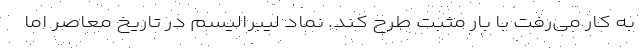
به کار می‌رفت با بار مثبت طرح کند. نماد لیبرالیسم در تاریخ معاصر اما